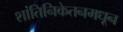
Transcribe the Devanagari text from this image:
शांतिनिकेतनमधून